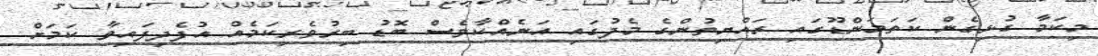
މިކަމާ ގުޅިގެން ކަތަމަންޑޫގައި ރައްޔިތުންގެ މެދުގައި އަނެއްކާވެސް ބޮޑު ބިރުވެރިކަމެއް އުފެދިފައިވާ ކަމަށް